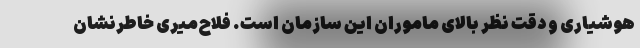
هوشیاری و دقت نظر بالای ماموران این سازمان است. فلاح‌میری خاطرنشان